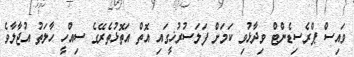
ވައިސް ޕްރެސިޑެންޓް ވިދާޅުވި ކަމަށް ފަލަސުރުޚީގައި އޮތް އަތޮޅުތެރޭގެ ސިއްހީ ހާލަތު އުޖާލާވެ